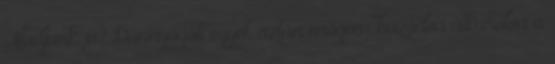
Aludjunk, jó? Dünnyögött egyet, aztán mögém húzódva átkarolva a